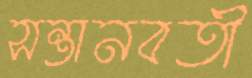
সন্তানবতী